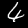
Digit: 4